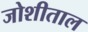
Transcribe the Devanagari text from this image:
जोशीताल